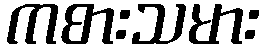
ကစားသမား